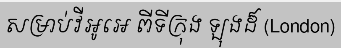
សម្រាប់វីអូអេ ពីទីក្រុង ឡុងដ៏ (London)